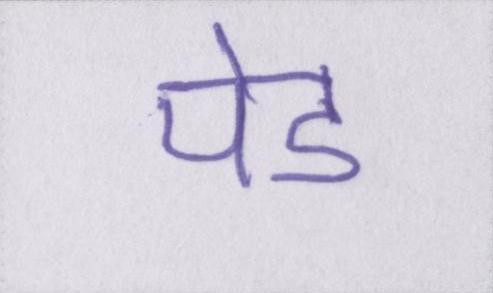
पेड